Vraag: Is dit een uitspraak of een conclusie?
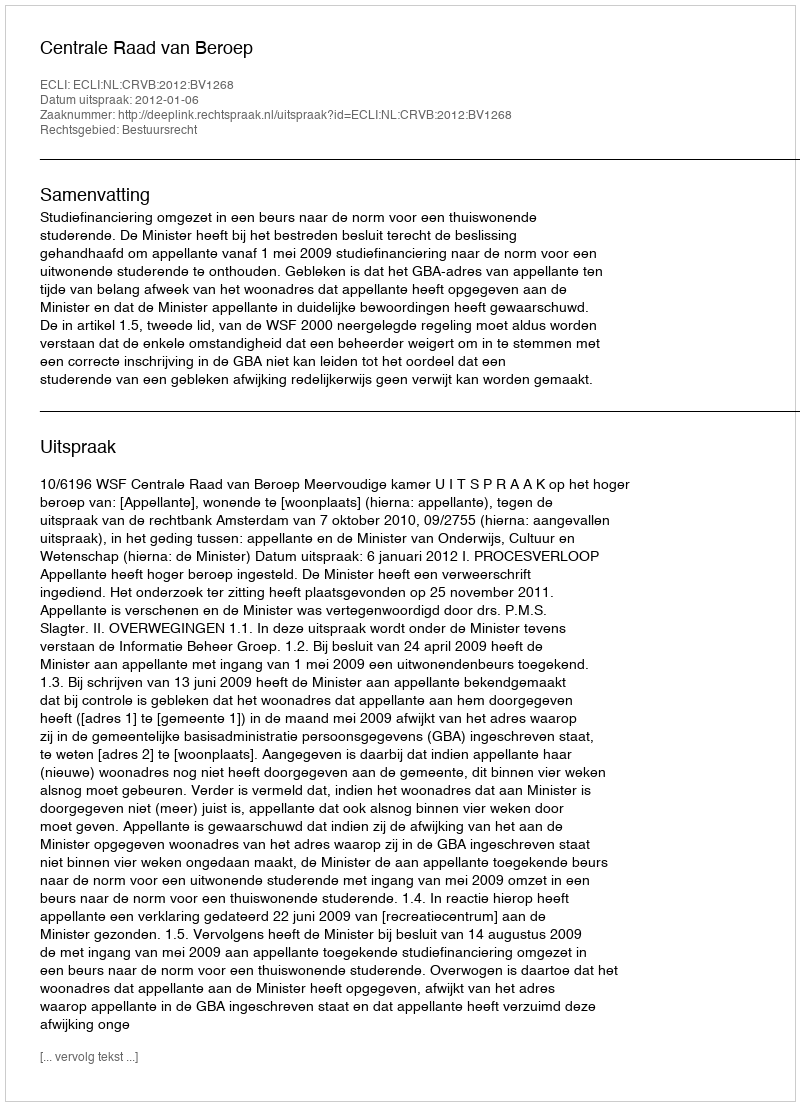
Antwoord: Uitspraak